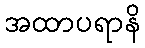
အထာပရာနိ